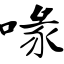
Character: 喙